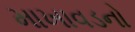
માખાવડનો